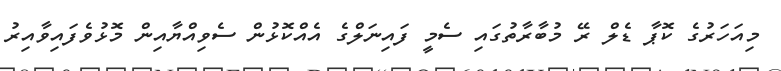
މިއަހަރުގެ ކޮޕާ ޑެލް ރޭ މުބާރާތުގައި ސެމީ ފައިނަލްގެ އެއްކޮޅުން ސެވިއްޔާއިން މޮޅުވެފައިވާއިރު